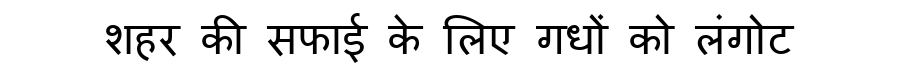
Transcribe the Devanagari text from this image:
शहर की सफाई के लिए गधों को लंगोट